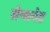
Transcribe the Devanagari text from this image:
सेन्सनेट